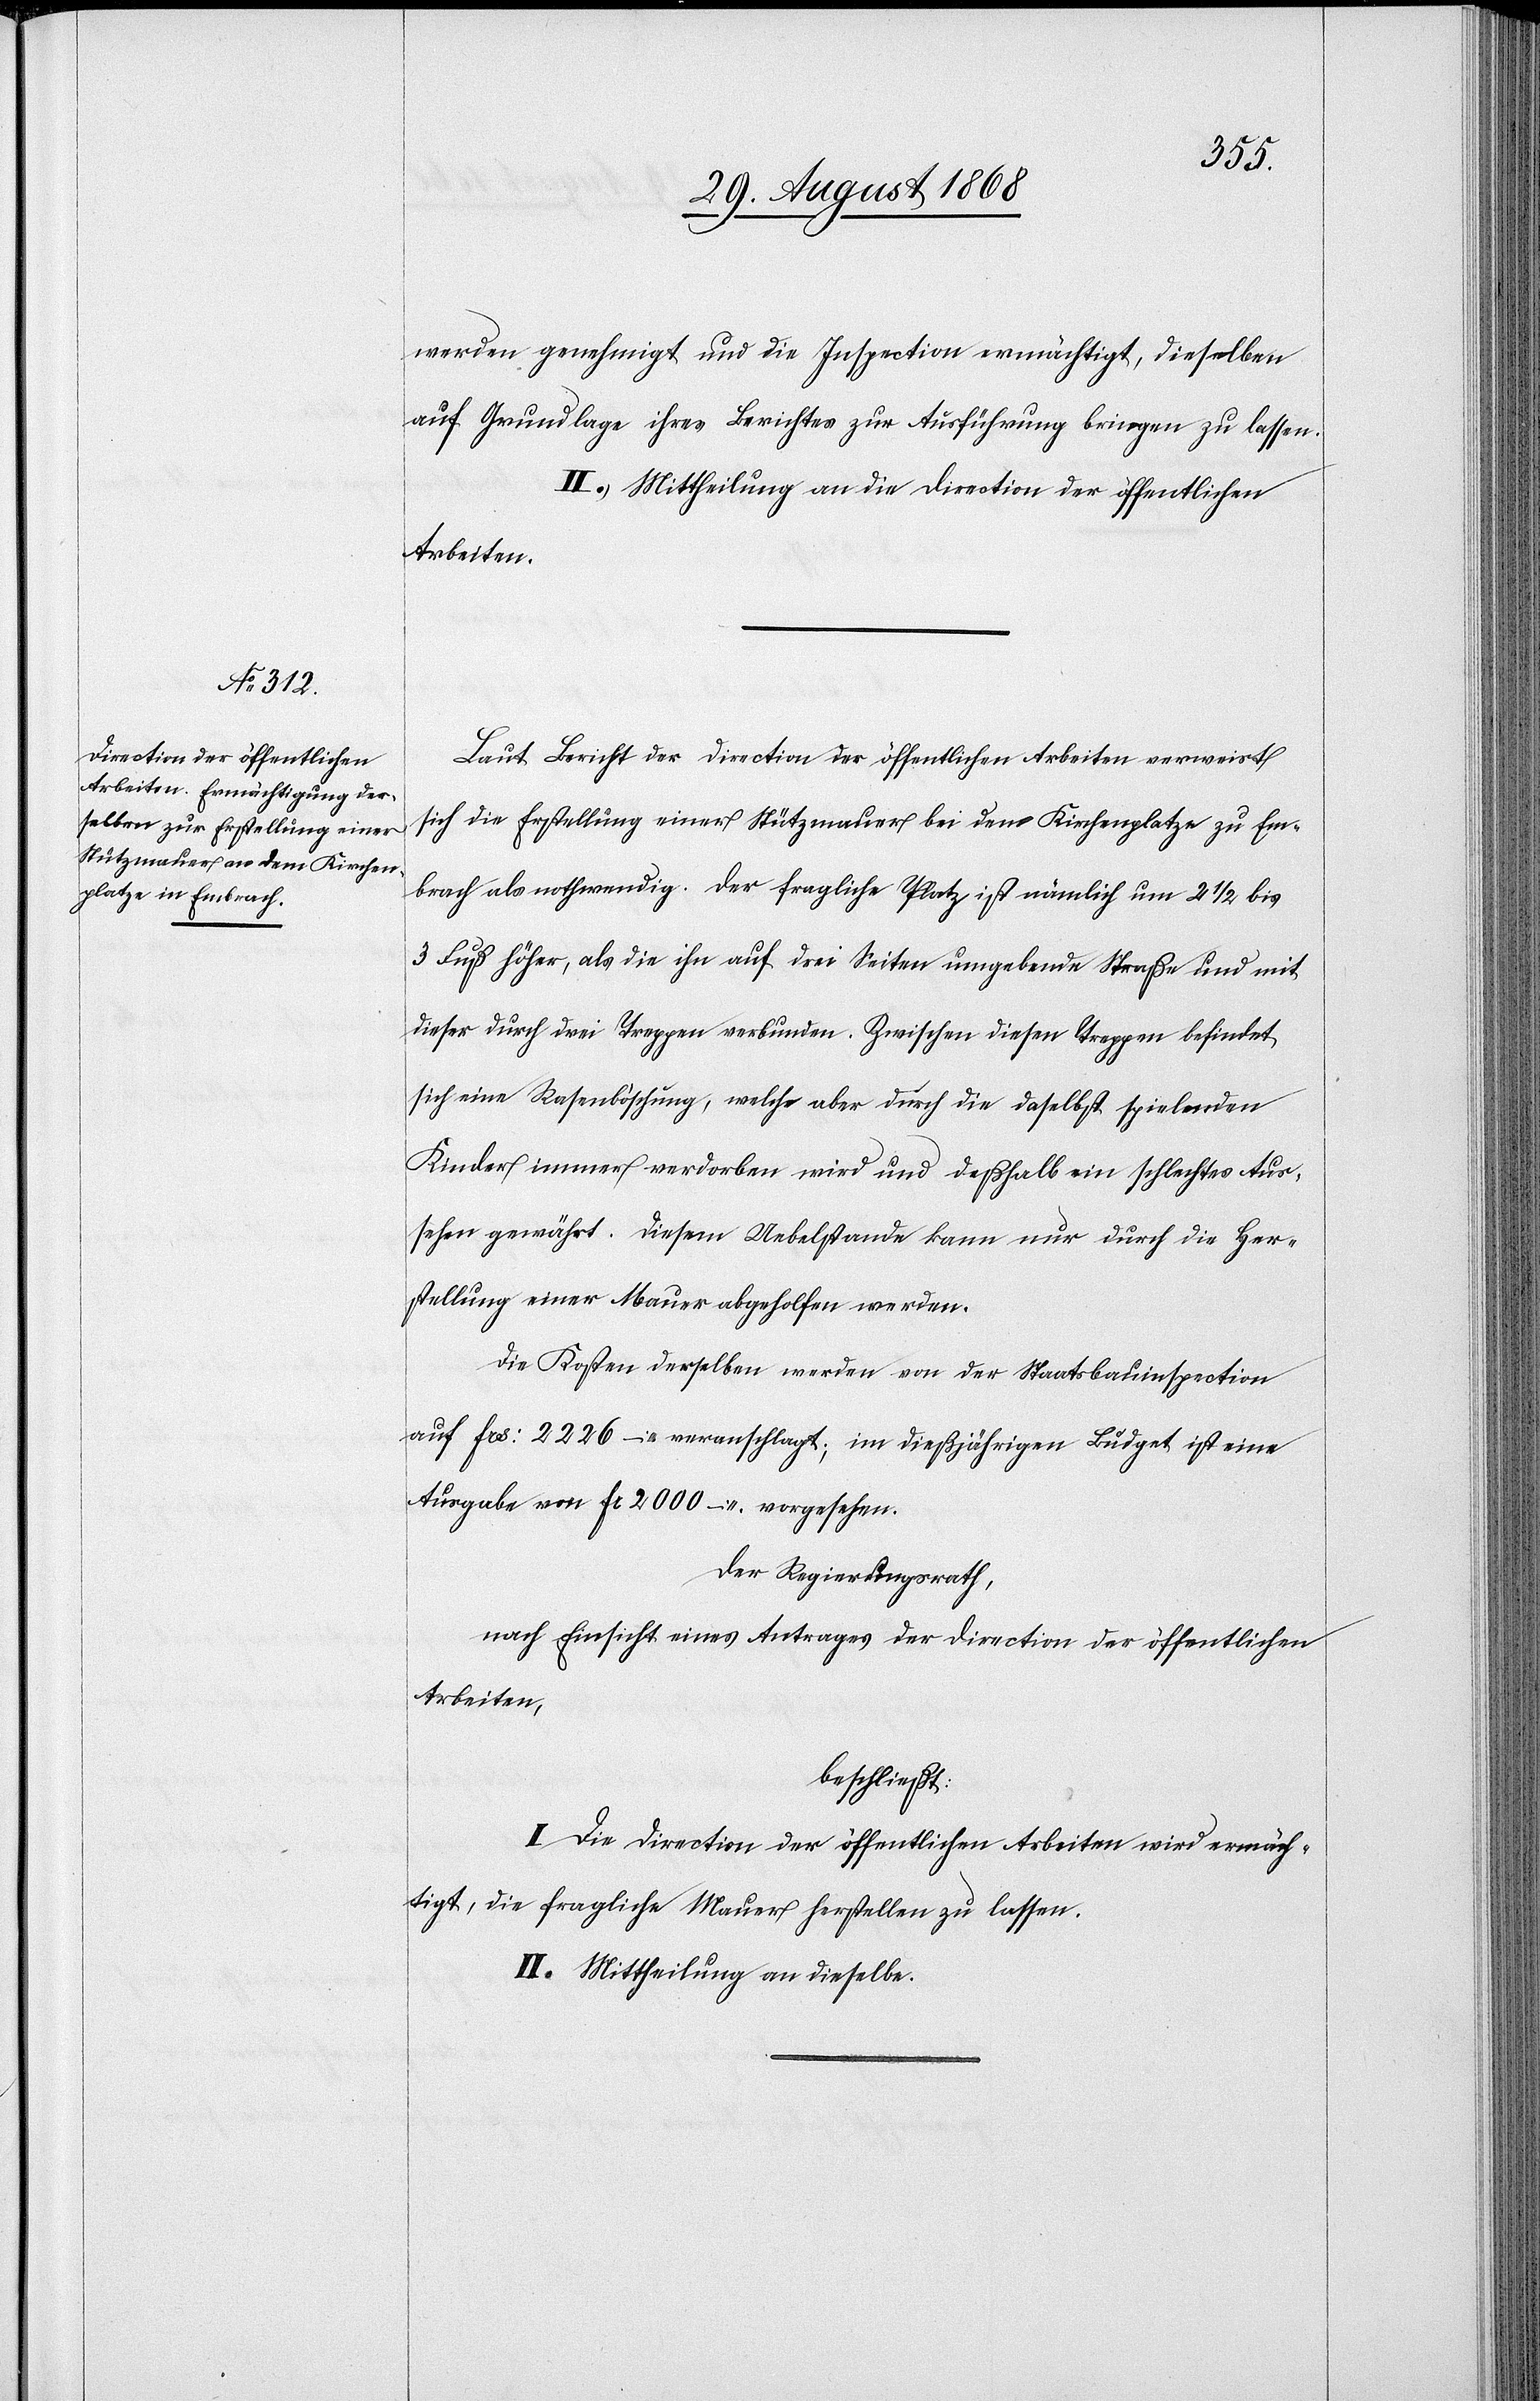
werden genehmigt und die Inspection ermächtigt, dieselben
auf Grundlage ihres Berichtes zur Ausführung bringen zu lassen.
II.) Mittheilung an die Direction der öffentlichen
Arbeiten.
Laut Bericht der Direction der öffentlichen Arbeiten verweist
sich die Erstellung einer Stützmauer bei dem Kirchenplatze zu Em¬
brach als nothwendig. Der fragliche Platz ist nämlich um 2 1/2 bis
3 Fuß höher, als die ihn auf drei Seiten umgebende Straße und mit
dieser durch drei Treppen verbunden. Zwischen diesen Treppen befindet
sich eine Rasenböschung, welche aber durch die daselbst spielenden
Kinder immer verdorben wird und deßhalb ein schlechtes Aus¬
sehen gewährt. Diesem Uebelstande kann nur durch die Her¬
stellung einer Mauer abgeholfen werden.
Die Kosten derselben werden von der Staatsbauinspection
auf Frs: 2226 – veranschlagt; im dießjährigen Budget ist eine
Ausgabe von Fr 2000 – vorgesehen.
Der Regierungsrath,
nach Einsicht eines Antrages der Direction der öffentlichen
Arbeiten,
beschließt:
I. Die Direction der öffentlichen Arbeiten wird ermäch¬
tigt, die fragliche Mauer herstellen zu lassen.
II. Mittheilung an dieselbe.